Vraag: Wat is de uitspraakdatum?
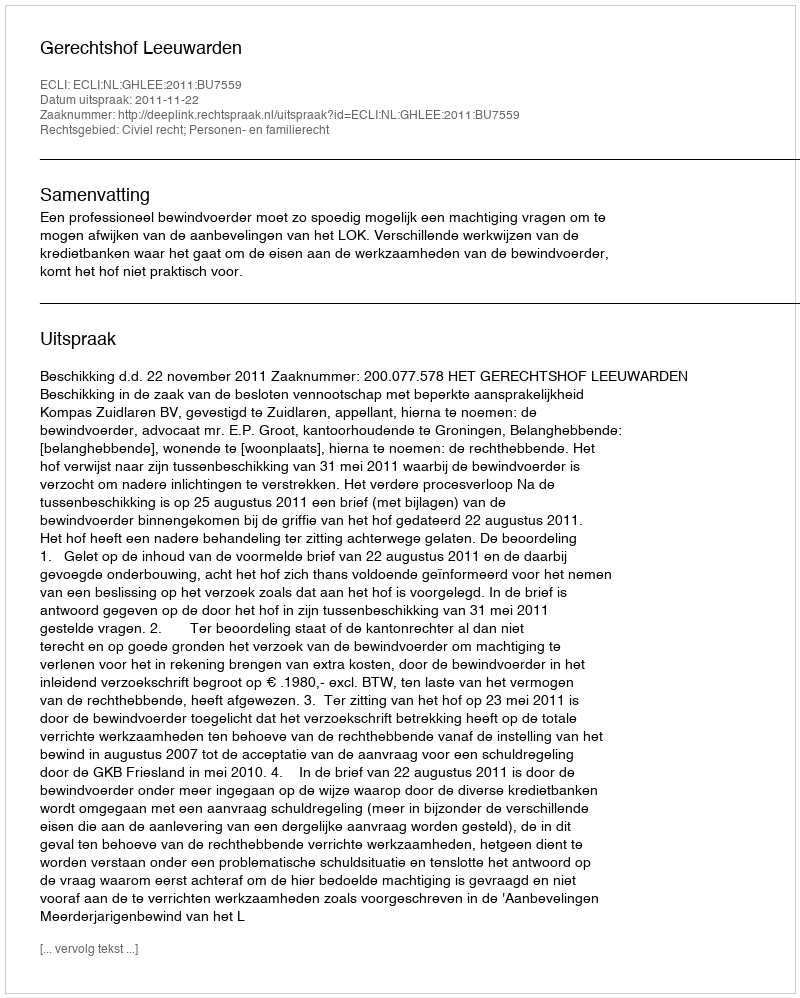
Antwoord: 2011-11-22